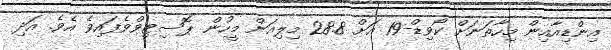
އިންޑިއާއިން މިހާތަނަށް ކޯވިޑް-19 އަށް 28.8 މިލިއަން މީހުން ޕޮސިޓިވްވެފައިވެ އެވެ. އަދި